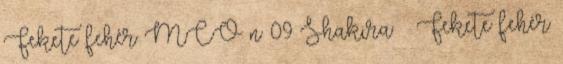
Fekete fehér MCO n 09 Shakira: ♀ Fekete fehér